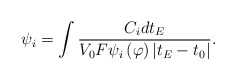
\begin{align*}\psi _i=\int \frac{C_idt_E}{V_0F\psi _i\left( \varphi \right) \left|t_E-t_0\right| }. \end{align*}